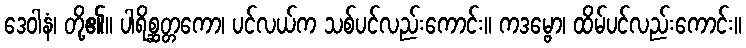
ဒေဝါနံ၊ တို့၏။ ပါရိစ္ဆတ္တကော၊ ပင်လယ်က သစ်ပင်လည်းကောင်း။ ကဒမ္ဗော၊ ထိမ်ပင်လည်းကောင်း။